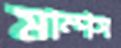
মাম্পস